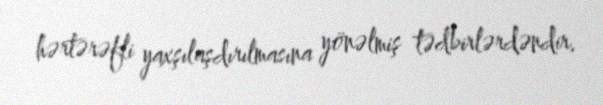
hərtərəfli yaxşılaşdırılmasına yönəlmiş tədbirlərdəndir.